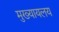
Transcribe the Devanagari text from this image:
मुख्यायलय